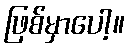
ဖြစ်မှာပေါ့။